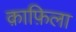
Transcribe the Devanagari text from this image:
क़ाफ़िला